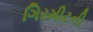
ગિરમીટની